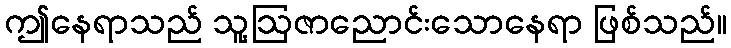
ဤနေရာသည် သူ့ဩဇာညောင်းသောနေရာ ဖြစ်သည်။